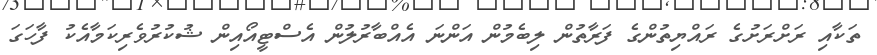
ތަކާއި ރަށްރަށުގެ ރައްޔިތުންގެ ފަރާތުން ލިބެމުން އަންނަ އެއްބާރުލުން އެސްޓީއޯއިން ޝުކުރުވެރިކަމާއެކު ފާހަގަ